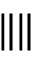
\| \|